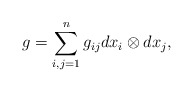
\begin{align*} g = \sum_{i,j=1}^n g_{ij} dx_i\otimes dx_j,\end{align*}